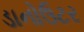
ડાનોઉટર